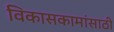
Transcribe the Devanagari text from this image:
विकासकामांसाठी